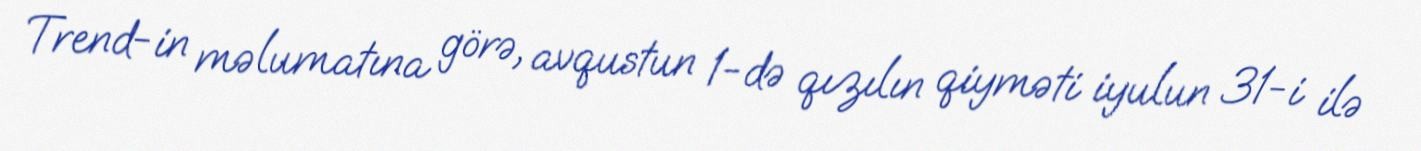
Trend-in məlumatına görə, avqustun 1-də qızılın qiyməti iyulun 31-i ilə